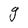
Character: g